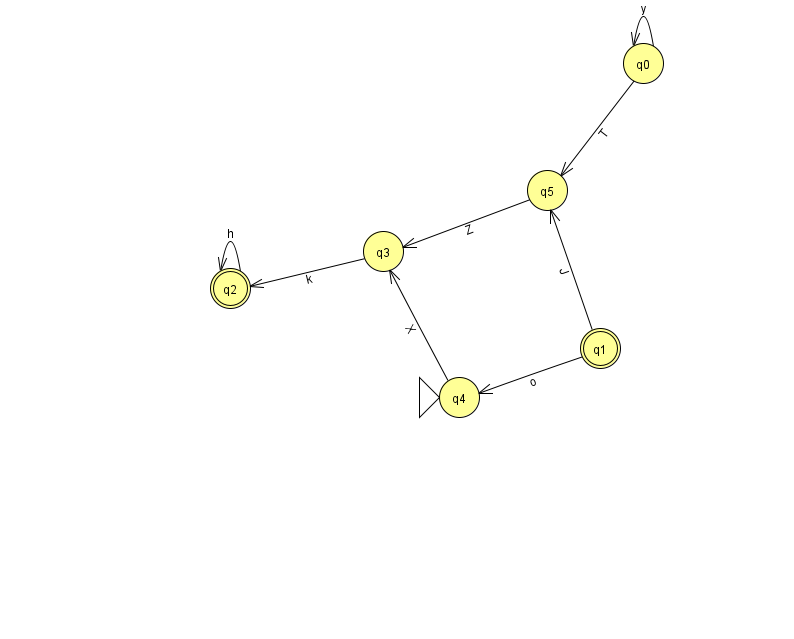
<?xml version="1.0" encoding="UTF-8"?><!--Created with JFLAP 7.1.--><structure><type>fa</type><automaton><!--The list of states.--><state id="0" name="q0"><x>643.0</x><y>50.0</y></state><state id="1" name="q1"><x>600.0</x><y>335.0</y><final/></state><state id="2" name="q2"><x>230.0</x><y>275.0</y><final/></state><state id="3" name="q3"><x>383.0</x><y>238.0</y></state><state id="4" name="q4"><x>459.0</x><y>384.0</y><initial/></state><state id="5" name="q5"><x>547.0</x><y>177.0</y></state><!--The list of transitions.--><transition><from>0</from><to>5</to><read>T</read></transition><transition><from>3</from><to>2</to><read>k</read></transition><transition><from>5</from><to>3</to><read>Z</read></transition><transition><from>1</from><to>4</to><read>o</read></transition><transition><from>2</from><to>2</to><read>h</read></transition><transition><from>4</from><to>3</to><read>X</read></transition><transition><from>0</from><to>0</to><read>y</read></transition><transition><from>1</from><to>5</to><read>J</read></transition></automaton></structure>